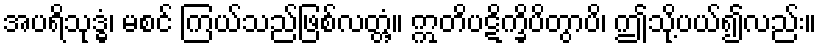
အပရိသုဒ္ဓံ၊ မစင် ကြယ်သည်ဖြစ်လတ္တံ့။ ဣတိပဋိက္ခိပိတွာပိ၊ ဤသို့ပယ်၍လည်း။